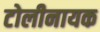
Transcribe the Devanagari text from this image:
टोलीनायक